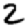
Digit: 2